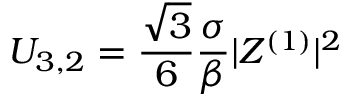
U _ { 3 , 2 } = \frac { \sqrt { 3 } } { 6 } \frac { \sigma } { \beta } | Z ^ { ( 1 ) } | ^ { 2 }